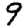
Digit: 9